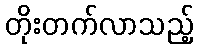
တိုးတက်လာသည့်